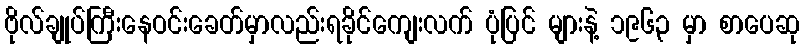
ဗိုလ်ချုပ်ကြီးနေဝင်းခေတ်မှာလည်းရခိုင်ကျေးလက် ပုံပြင် များနဲ့ ၁၉၆၃ မှာ စာပေဆု